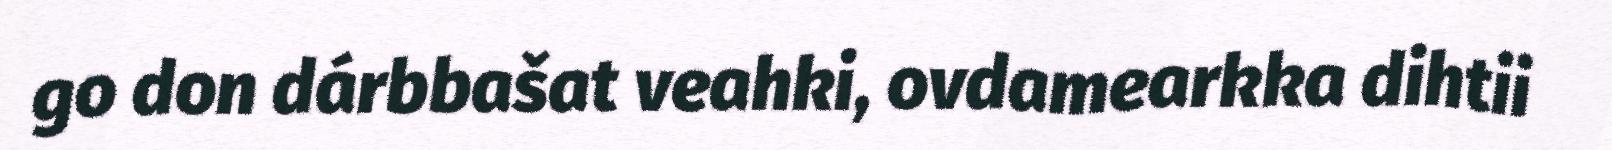
go don dárbbašat veahki, ovdamearkka dihtii